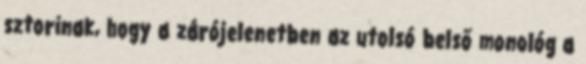
sztorinak, hogy a zárójelenetben az utolsó belső monológ a